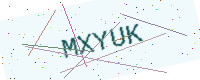
Text: MXYUK